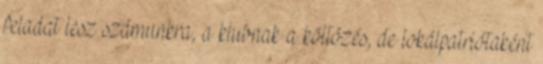
feladat lesz számunkra, a klubnak a költözés, de lokálpatriótaként